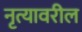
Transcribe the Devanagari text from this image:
नृत्यावरील